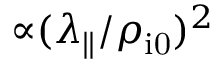
{ \propto } ( \lambda _ { \parallel } / \rho _ { \mathrm { i 0 } } ) ^ { 2 }